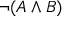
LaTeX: \neg ( A \land B )